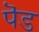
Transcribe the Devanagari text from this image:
पॆड